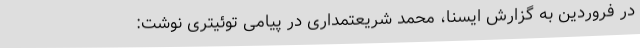
در فروردین به گزارش ایسنا، محمد شریعتمداری در پیامی توئیتری نوشت: